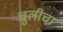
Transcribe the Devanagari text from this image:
चुलीचा